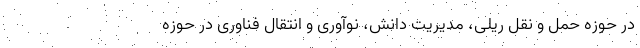
در حوزه حمل و نقل ریلی، مدیریت دانش، نوآوری و انتقال فناوری در حوزه